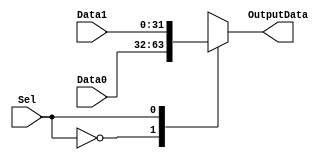
module Mux32b (
  input Sel,
  input [31:0] Data1,
  input [31:0] Data0,
  output reg [31:0] OutputData
);


  always @(*) begin
    case (Sel)
        1'b0: OutputData <= Data0;
        1'b1: OutputData <= Data1;
        default: OutputData <= 0;
    endcase
  end

endmodule